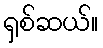
ရှစ်ဆယ်။